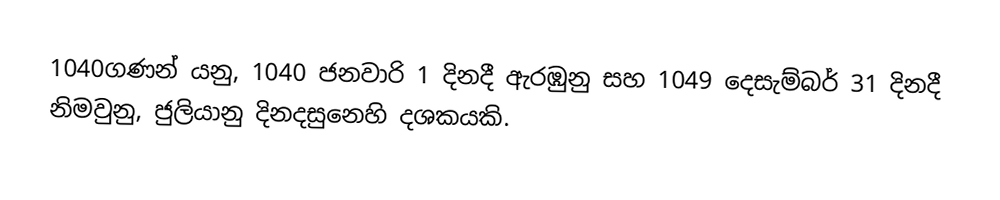
1040ගණන් යනු, 1040 ජනවාරි 1 දිනදී ඇරඹුනු සහ 1049 දෙසැම්බර් 31 දිනදී නිමවුනු, ජුලියානු දිනදසුනෙහි දශකයකි.